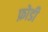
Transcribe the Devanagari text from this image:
फ़ोडी